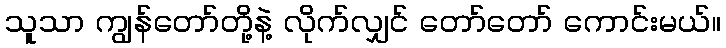
သူသာ ကျွန်တော်တို့နဲ့ လိုက်လျှင် တော်တော် ကောင်းမယ်။